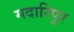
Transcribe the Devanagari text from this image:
मदारिपुर